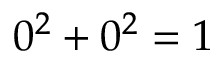
0 ^ { 2 } + 0 ^ { 2 } = 1